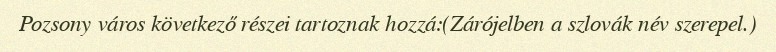
Pozsony város következő részei tartoznak hozzá:(Zárójelben a szlovák név szerepel.)